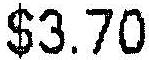
$3.70